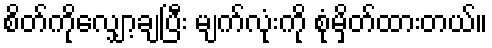
စိတ်ကိုလျှော့ချပြီး မျက်လုံးကို စုံမှိတ်ထားတယ်။